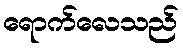
ရောက်လေသည်